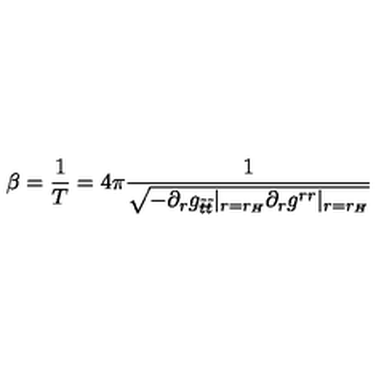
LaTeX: \beta = \frac { 1 } { T } = 4 \pi \frac { 1 } { \sqrt { - \partial _ { r } g _ { \tilde { t } \tilde { t } } | _ { r = r _ { H } } \partial _ { r } g ^ { r r } | _ { r = r _ { H } } } }